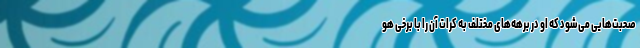
صحبت‌هایی می‌شود که او در برهه‌های مختلف به کرات آن را با برخی هو